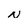
Character: N